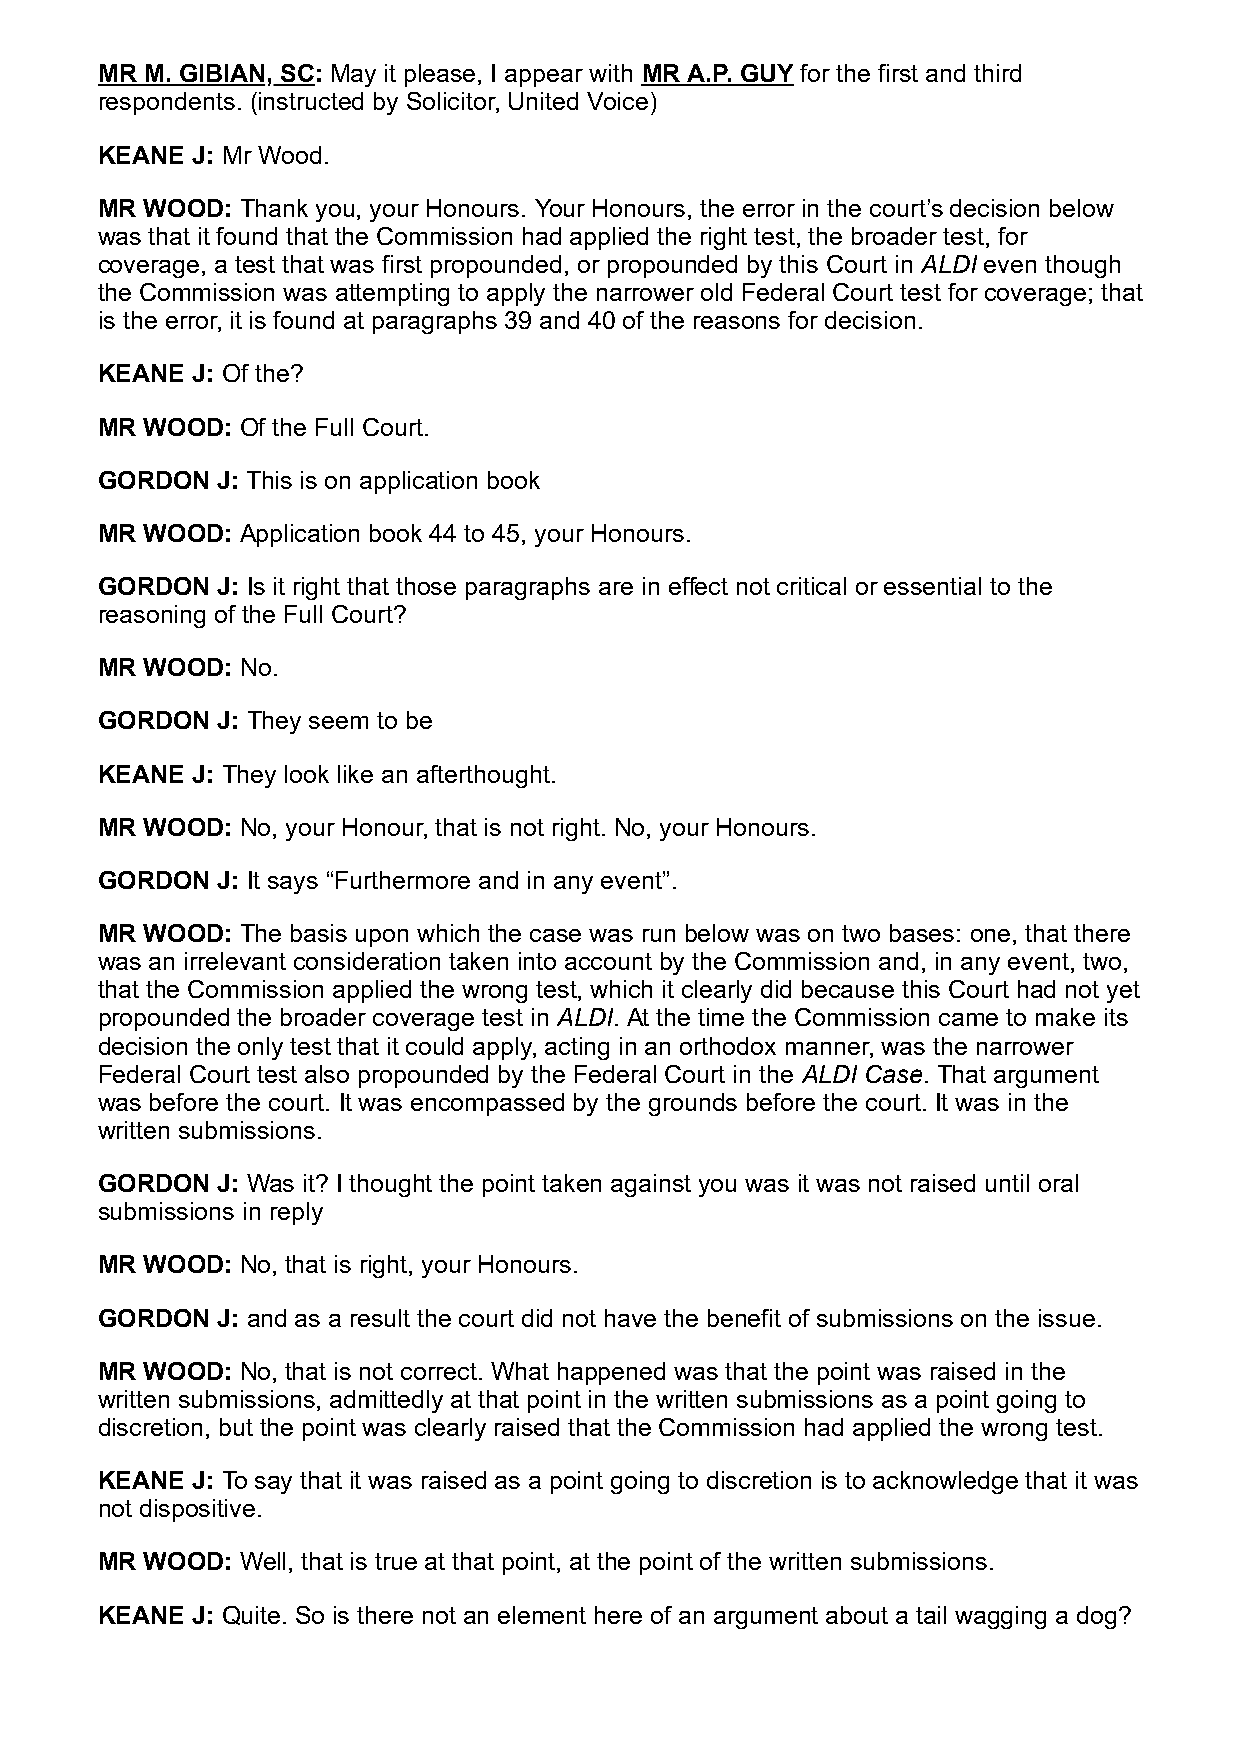
MR  M. GIBIAN, SC: May it please, I appear with MR A.P. GUY for the first and third
 respondents. (instructed by Solicitor, United Voice)
 KEANE  J: Mr Wood.
 MR  WOOD: Thank you, your Honours. Your Honours, the error in the court’s decision below
 was that it found that the Commission had applied the right test, the broader test, for
 coverage, a test that was first propounded, or propounded by this Court in ALDI even though
 the Commission was attempting to apply the narrower old Federal Court test for coverage; that
 is the error, it is found at paragraphs 39 and 40 of the reasons for decision.
 KEANE  J: Of the?
 MR  WOOD: Of the Full Court.
 GORDON  J: This is on application book
 MR  WOOD: Application book 44 to 45, your Honours.
 GORDON  J: Is it right that those paragraphs are in effect not critical or essential to the
 reasoning of the Full Court?
 MR  WOOD: No.
 GORDON  J: They seem to be
 KEANE  J: They look like an afterthought.
 MR  WOOD: No, your Honour, that is not right. No, your Honours.
 GORDON  J: It says “Furthermore and in any event”.
 MR  WOOD: The basis upon which the case was run below was on two bases: one, that there
 was an irrelevant consideration taken into account by the Commission and, in any event, two,
 that the Commission applied the wrong test, which it clearly did because this Court had not yet
 propounded the broader coverage test in ALDI. At the time the Commission came to make its
 decision the only test that it could apply, acting in an orthodox manner, was the narrower
 Federal Court test also propounded by the Federal Court in the ALDI Case. That argument
 was before the court. It was encompassed by the grounds before the court. It was in the
 written submissions.
 GORDON  J: Was it? I thought the point taken against you was it was not raised until oral
 submissions in reply
 MR  WOOD: No, that is right, your Honours.
 GORDON  J: and as a result the court did not have the benefit of submissions on the issue.
 MR  WOOD: No, that is not correct. What happened was that the point was raised in the
 written submissions, admittedly at that point in the written submissions as a point going to
 discretion, but the point was clearly raised that the Commission had applied the wrong test.
 KEANE  J: To say that it was raised as a point going to discretion is to acknowledge that it was
 not dispositive.
 MR  WOOD: Well, that is true at that point, at the point of the written submissions.
 KEANE  J: Quite. So is there not an element here of an argument about a tail wagging a dog?